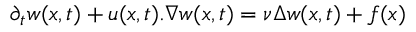
\partial _ { t } w ( x , t ) + u ( x , t ) . \nabla w ( x , t ) = \nu \Delta w ( x , t ) + f ( x )